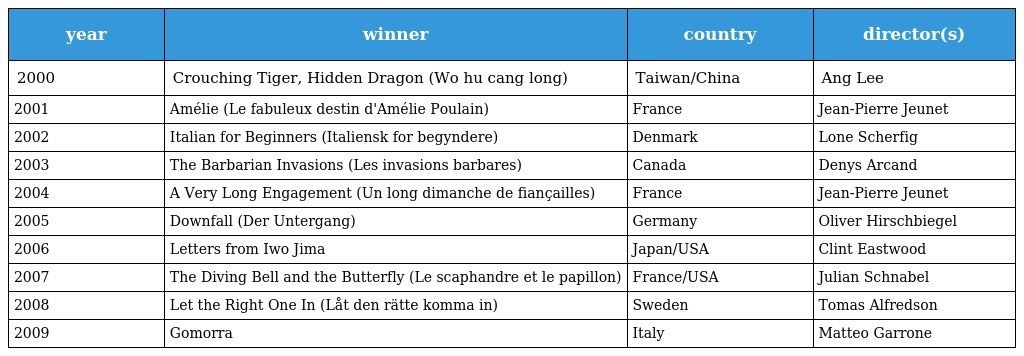
| year | winner | country | director(s) |
 | --- | --- | --- | --- |
 | 2000 | Crouching Tiger, Hidden Dragon (Wo hu cang long) | Taiwan/China | Ang Lee |
 | 2001 | Amélie (Le fabuleux destin d'Amélie Poulain) | France | Jean-Pierre Jeunet |
 | 2002 | Italian for Beginners (Italiensk for begyndere) | Denmark | Lone Scherfig |
 | 2003 | The Barbarian Invasions (Les invasions barbares) | Canada | Denys Arcand |
 | 2004 | A Very Long Engagement (Un long dimanche de fiançailles) | France | Jean-Pierre Jeunet |
 | 2005 | Downfall (Der Untergang) | Germany | Oliver Hirschbiegel |
 | 2006 | Letters from Iwo Jima | Japan/USA | Clint Eastwood |
 | 2007 | The Diving Bell and the Butterfly (Le scaphandre et le papillon) | France/USA | Julian Schnabel |
 | 2008 | Let the Right One In (Låt den rätte komma in) | Sweden | Tomas Alfredson |
 | 2009 | Gomorra | Italy | Matteo Garrone |